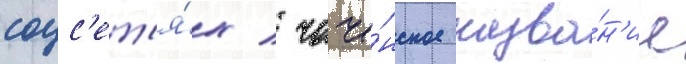
соцс'ет'я́х / чече́нское назва́н'ие